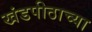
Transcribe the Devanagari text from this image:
खंडपीठाच्या